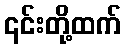
၎င်းတို့ထက်